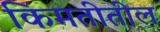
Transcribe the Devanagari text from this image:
किमतीतील